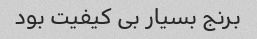
برنج بسیار بی کیفیت بود